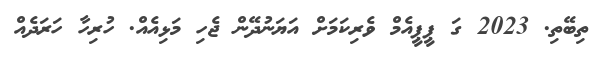
ތިބޭތި. 2023 ގަ ޕީޕީއެމް ވެރިކަމަށް އަޔަނުދޭން ޖެހި މަޅިއެއް. ހުރިހާ ހަރަދެއް